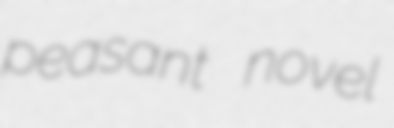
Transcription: peasant novel